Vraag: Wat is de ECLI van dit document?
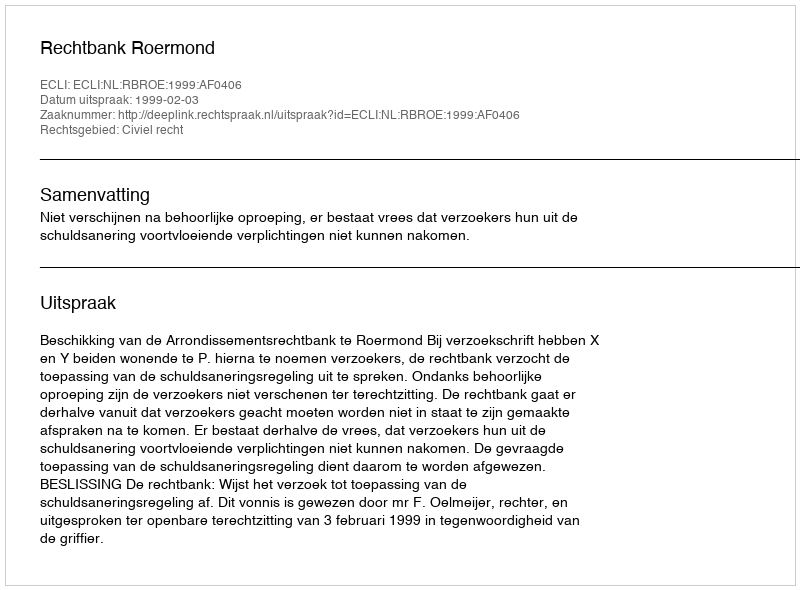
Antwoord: ECLI:NL:RBROE:1999:AF0406